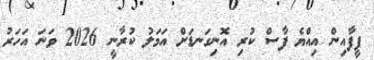
ފީފާއިން އިއްޔެ ފާސް ކުރި އޮނިގަނޑަށް އަމަލު ކުރާނީ 2026 ވަނަ އަހަރު